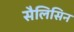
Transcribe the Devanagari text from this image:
सैलिसिन